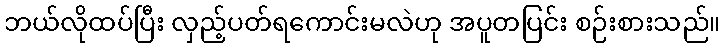
ဘယ်လိုထပ်ပြီး လှည့်ပတ်ရကောင်းမလဲဟု အပူတပြင်း စဉ်းစားသည်။